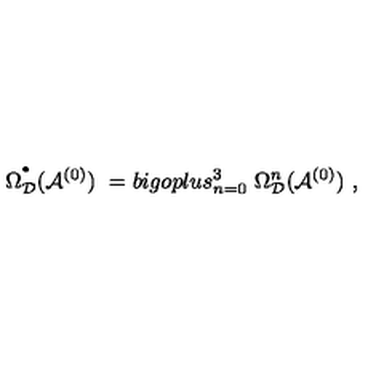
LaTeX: \Omega _ { { \mathcal D } } ^ { ^ { \bullet } } ( { \mathcal A } ^ { ( 0 ) } ) \ = b i g o p l u s _ { n = 0 } ^ { 3 } \ \Omega _ { { \mathcal D } } ^ { n } ( { \mathcal A } ^ { ( 0 ) } ) \ ,